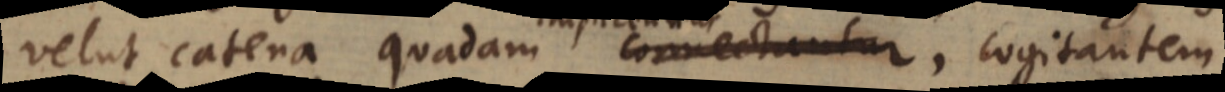
velut catena quadam connectantur, cogitantem